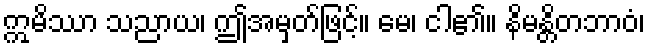
ဣမိဿာ သညာယ၊ ဤအမှတ်ဖြင့်။ မေ၊ ငါ၏။ နိမန္တိတဘာဝံ၊